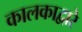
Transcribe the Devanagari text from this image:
कालकाद्वारे